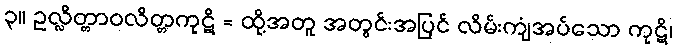
၃။ ဥလ္လိတ္တာဝလိတ္တကုဋိ = ထို့အတူ အတွင်းအပြင် လိမ်းကျံအပ်သော ကုဋိ၊